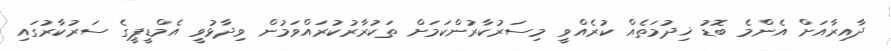
ދާއިރާއަށް އެންމެ ބޮޑު ޚިދުމަތެއް ކުރެއްވީ މިސަރުކާރުންކަމަށް ތަކުރާރުކުރައްވަމުން ވިދާޅުވީ އެމްޑީޕީގެ ސަރުކާރުގައި